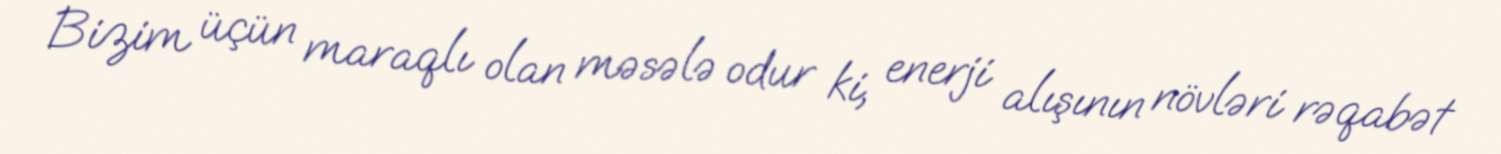
Bizim üçün maraqlı olan məsələ odur ki, enerji alışının növləri rəqabət